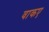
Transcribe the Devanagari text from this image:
वाकए